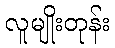
လူမျိုးတုန်း